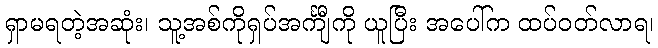
ရှာမရတဲ့အဆုံး၊ သူ့အစ်ကိုရှပ်အင်္ကျီကို ယူပြီး အပေါ်က ထပ်ဝတ်လာရ၊